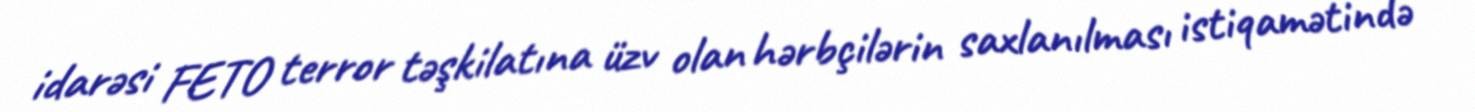
idarəsi FETO terror təşkilatına üzv olan hərbçilərin saxlanılması istiqamətində